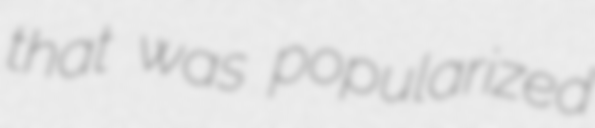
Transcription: that was popularized